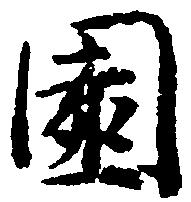
園